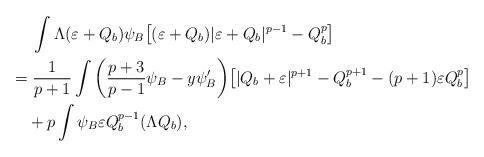
LaTeX: \begin{align*}&\quad\;\int\Lambda(\varepsilon+Q_b)\psi_B\big{[}(\varepsilon+Q_b)|\varepsilon+Q_b|^{p-1}-Q_b^{p}\big{]}\\&=\frac{1}{p+1}\int\bigg{(}\frac{p+3}{p-1}\psi_B-y\psi'_B\bigg{)}\big{[}|Q_b+\varepsilon|^{p+1}-Q_b^{p+1}-(p+1)\varepsilon Q_b^p\big{]}\\&\quad+p\int \psi_B\varepsilon Q_b^{p-1}(\Lambda Q_b),\end{align*}